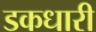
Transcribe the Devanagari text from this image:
डकधारी